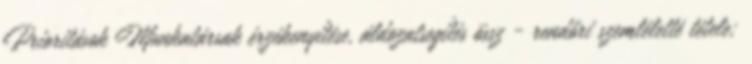
Prioritások Munkatársak érzékenyítése, áldozatsegítés össz - rendőri szemléletté tétele;